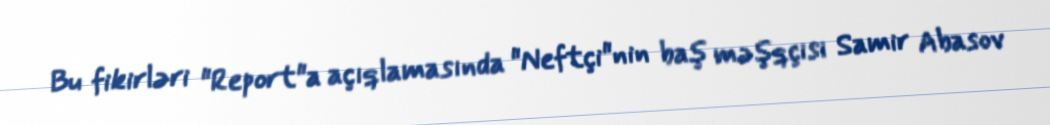
Bu fikirləri "Report"a açıqlamasında "Neftçi"nin baş məşqçisi Samir Abasov